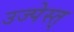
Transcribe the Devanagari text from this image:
उज्पेस्त्